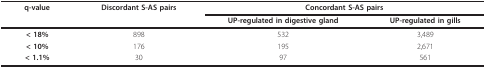
<table><thead><tr><td><b>q-value</b></td><td><b>Discordant S-AS pairs</b></td><td colspan="2"><b>Concordant S-AS pairs</b></td></tr><tr><td></td><td></td><td><b>UP-regulated in digestive gland</b></td><td><b>UP-regulated in gills</b></td></tr></thead><tbody><tr><td><b>&lt; 18%</b></td><td>898</td><td>532</td><td>3,489</td></tr><tr><td><b>&lt; 10%</b></td><td>176</td><td>195</td><td>2,671</td></tr><tr><td><b>&lt; 1.1%</b></td><td>30</td><td>97</td><td>561</td></tr></tbody></table>